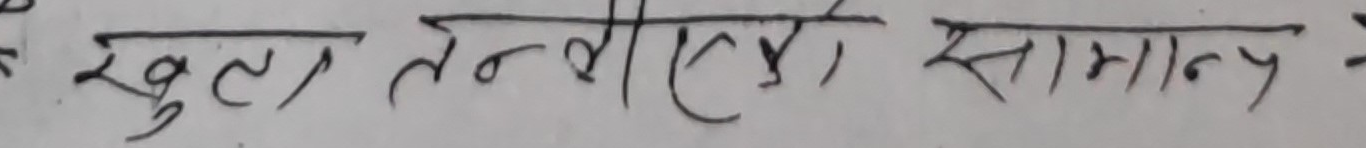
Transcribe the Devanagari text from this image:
खुला तन्त्र, एक सामान्य